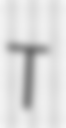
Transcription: T